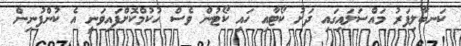
ކަނބާލިފަރު މައްސަލައިގައި ދަށު ކޯޓާއި ހައި ކޯޓުން ވެސް ހުކުމްކޮށްފައިވަނީ އެ ކުންފުނިން